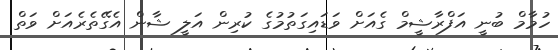
ހުމާމް ބުނީ އަފްރާޝީމް ގެއަށް ވަޑައިގަތުމުގެ ކުރިން އަލީ ޝާން އެގޭތެރެއަށް ވަތް